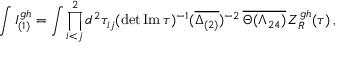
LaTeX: \int I _ { ( 1 ) } ^ { g h } = \int \prod _ { i < j } ^ { 2 } d ^ { 2 } \tau _ { i j } ( \operatorname * { d e t } { \mathrm { I m \, } \tau } ) ^ { - 1 } ( \overline { { { \Delta _ { ( 2 ) } } } } ) ^ { - 2 } \, \overline { { { \Theta ( \Lambda _ { 2 4 } ) } } } \, Z _ { R } ^ { g h } ( \tau ) \, ,